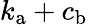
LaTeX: k_{\mathrm{a}}+c_{\mathrm{b}}